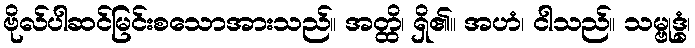
ဗိုလ်ပါဆင်မြင်းစသောအားသည်။ အတ္ထိ၊ ရှိ၏။ အဟံ၊ ငါသည်။ သမ္ဗုဒ္ဓံ၊